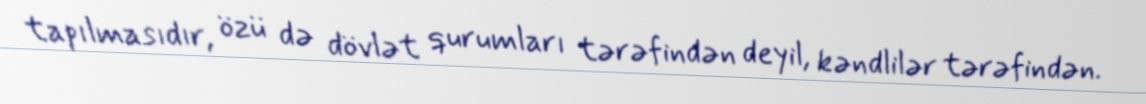
tapılmasıdır, özü də dövlət qurumları tərəfindən deyil, kəndlilər tərəfindən.